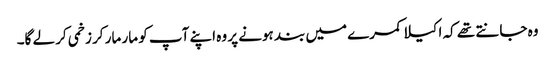
وہ جانتے تھے کہ اکیلا کمرے میں بند ہونے پر وہ اپنے آپ کو مار مار کر زخمی کر لے گا۔